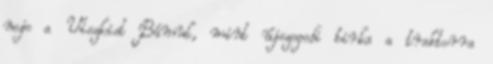
neje a Viszkist Bámul, mint újszegedi birka a traktorra